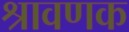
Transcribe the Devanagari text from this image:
श्रावणक